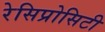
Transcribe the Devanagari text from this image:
रेसिप्रोसिटी